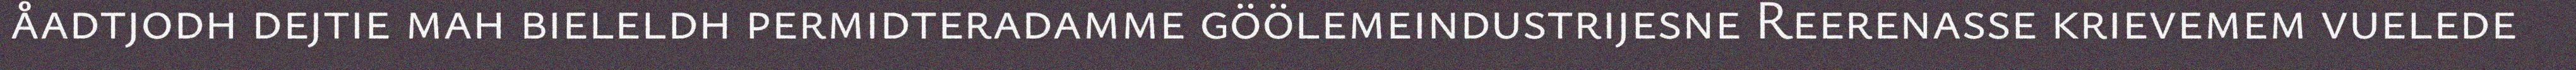
åadtjodh dejtie mah bieleldh permidteradamme göölemeindustrijesne Reerenasse krievemem vuelede